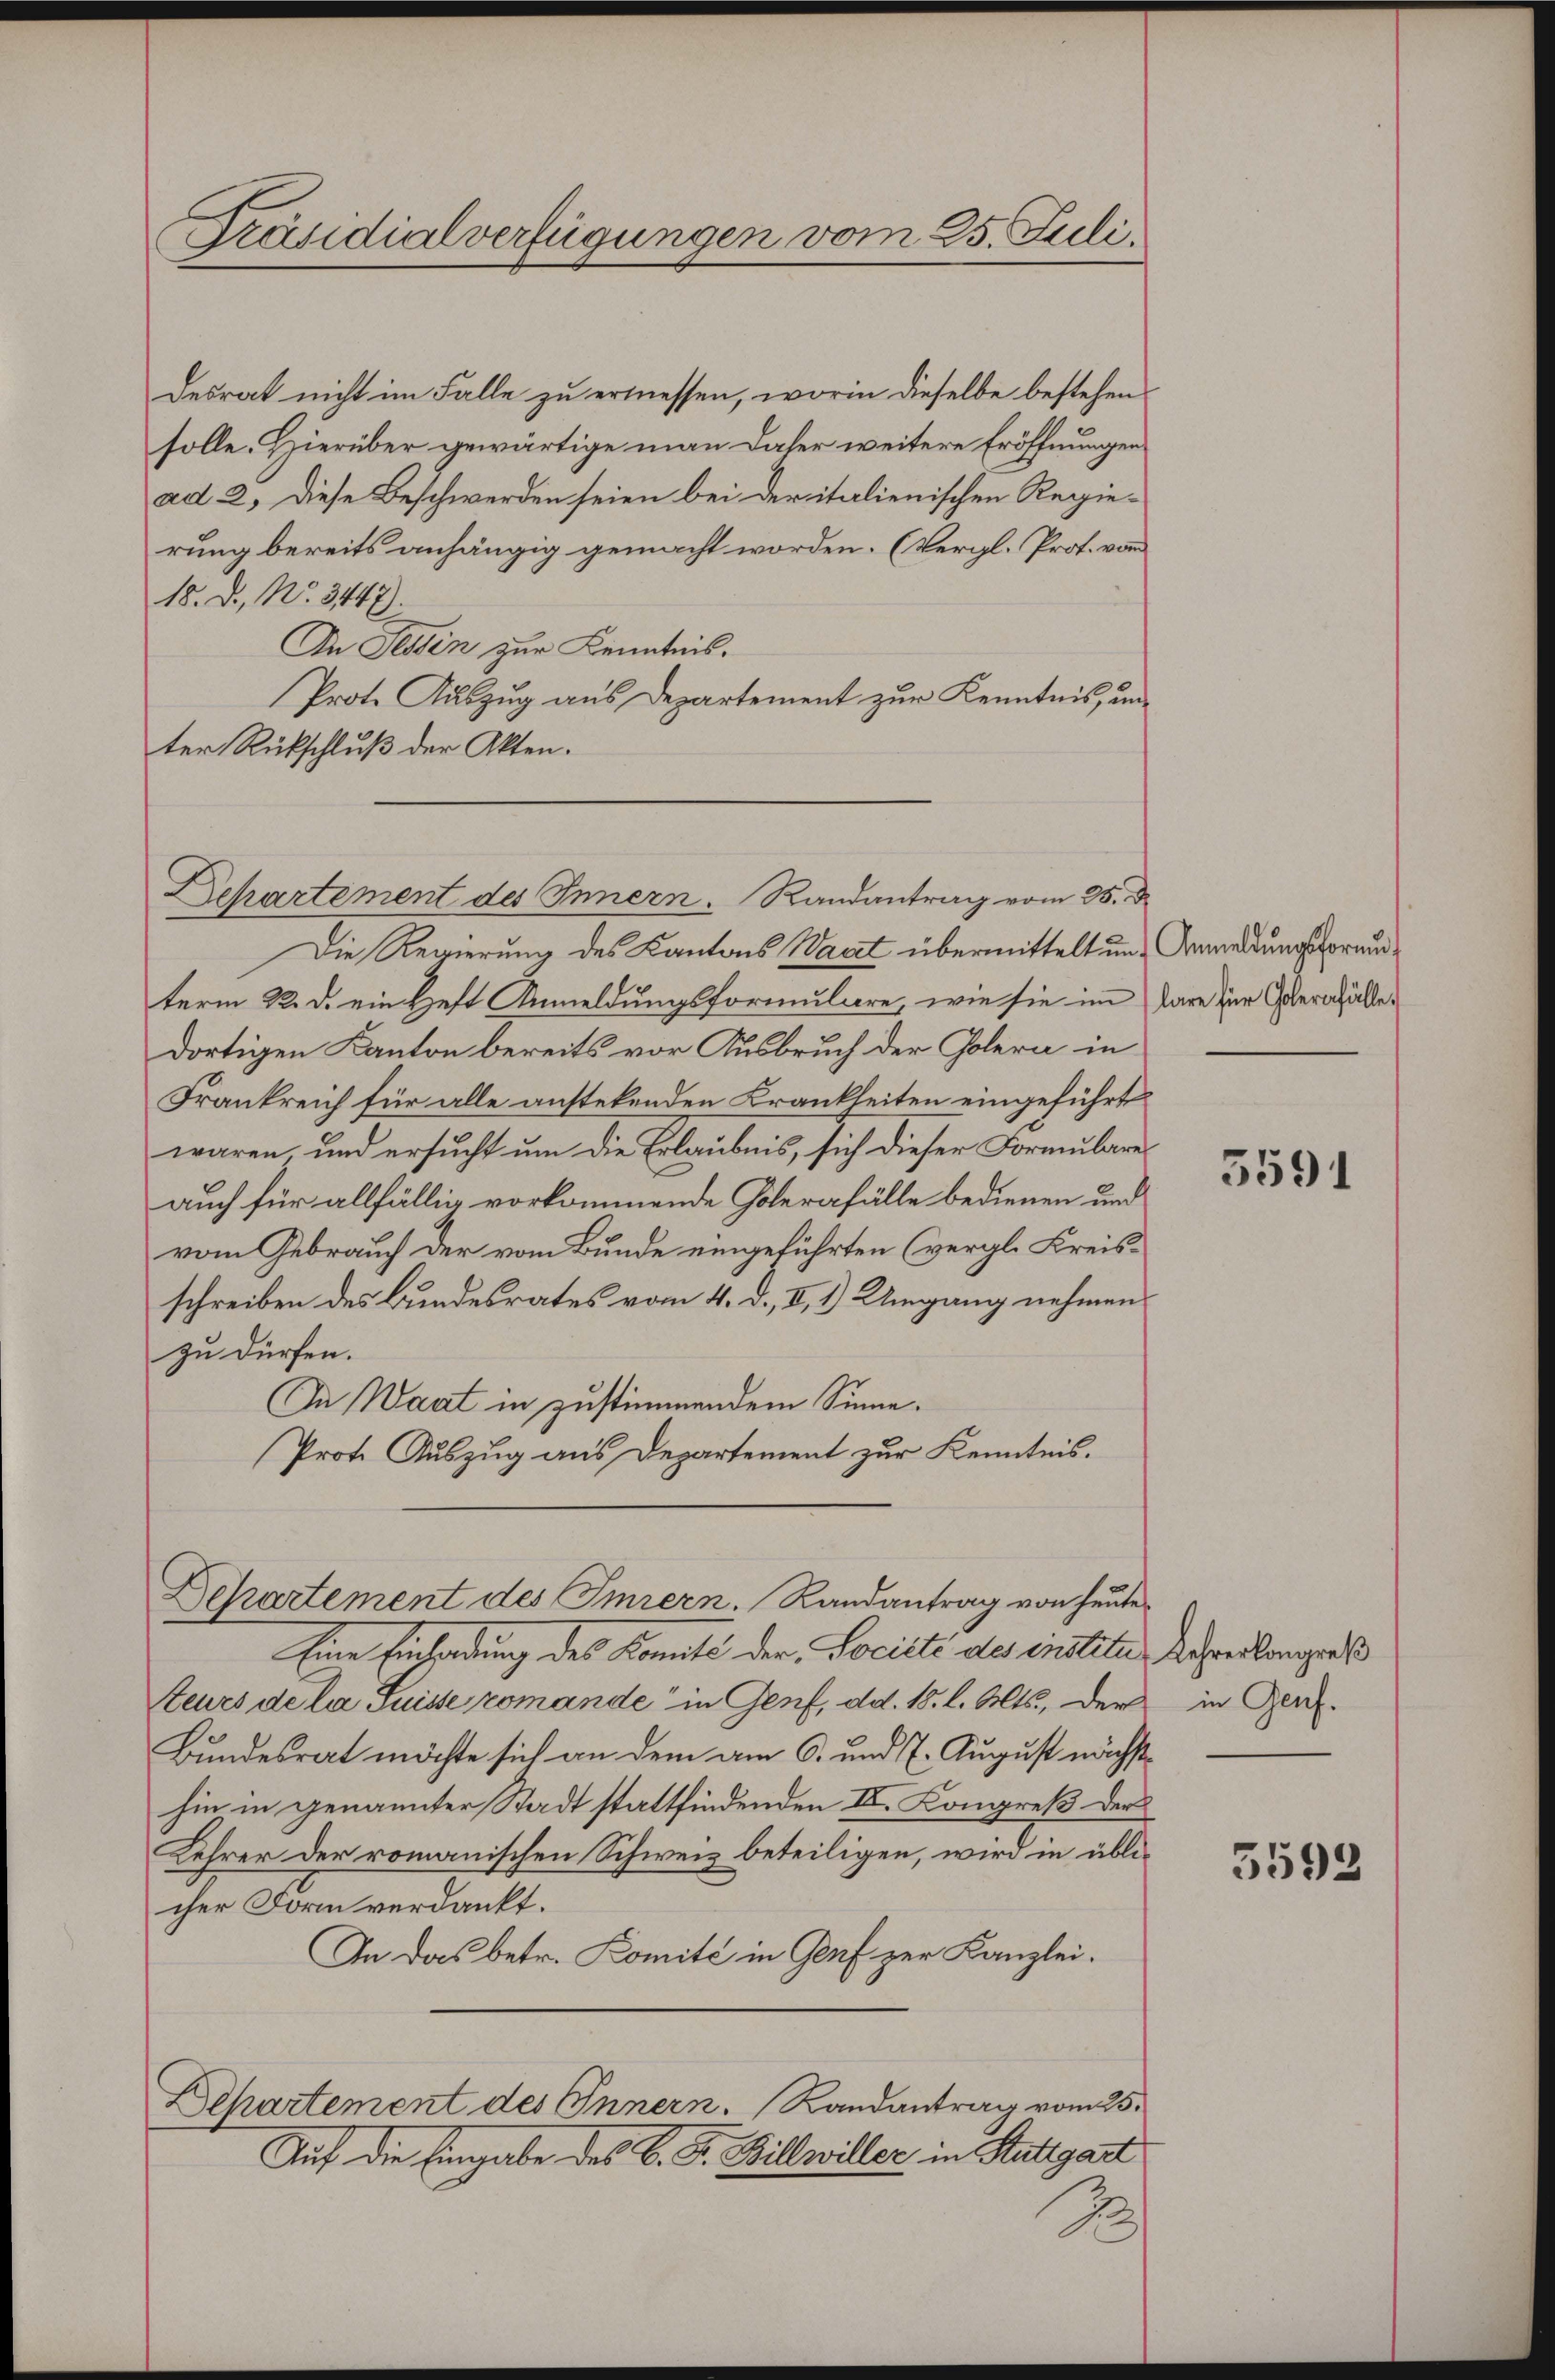
Präsidialverfügungen vom 25. Juli.

desrat nicht im Falle zu ermessen, worin dieselbe bestehen
solle. Hierüber gewärtige man daher weitere Eröffnungen
ad 2. Diese Beschwerden seien bei der italienischen Regierung bereits anhängig gemacht worden. (Vergl. Prof. vom
18. D., No. 3447).
In Tessin zur Kenntnis.
Prote Auszug aus Departement zur Kenntnis, unter Rückschluß der Akten.

Dehartement des Innern. Randantrag vom 25. d

Departement des Immern. Randantrag von heute

Die Regierung des Kantons Wart übermittelt und Anmeldungsformundterm 22. d. ein Heft Anmeldungsformulare, wie sie im Aare zur Gernhälter
dortigen Kanton bereits vor Ausbruch der Colern in
Frankreich für alle anstehenden Krankheiten eingeführt
waren und ersucht um die Erlaubnis, sich dieser Formulare
auch für allfällig vorkommende Golerafälle bedienen und
vom Gebrauch der vom Bunde eingeführten (vergl. Kreisschreiben des Bundesrates vom 4. d. II, 1.) Umgang nehmen
zu dürfen.
In Waat in zustimmendem Sinne.
Prot. Auszug aus Departement zur Kenntnis.

Eine Einladung des Konnte der Societe des instite Kehrerlangers
Steurs de la Suisse romande“ in Genf, dd. 18. l. Mts., der in Ger.
Bundesrat möchte sich an dem am 6. und 7. August nächsthin in genannter Stadt stattfindenden IV. Kongreß der
Kehrer der romanischen Schweiz beteiligen, wird in üblicher Form verdankt.
In das betr. Komité in Genf zur Kanzlei.
Departement des Innern. Landantrag vom 25.
Auf die Eingabe des C. F. Billwiller in Stuttgart
2

5591

5592